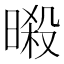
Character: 𣉜